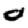
Digit: 0